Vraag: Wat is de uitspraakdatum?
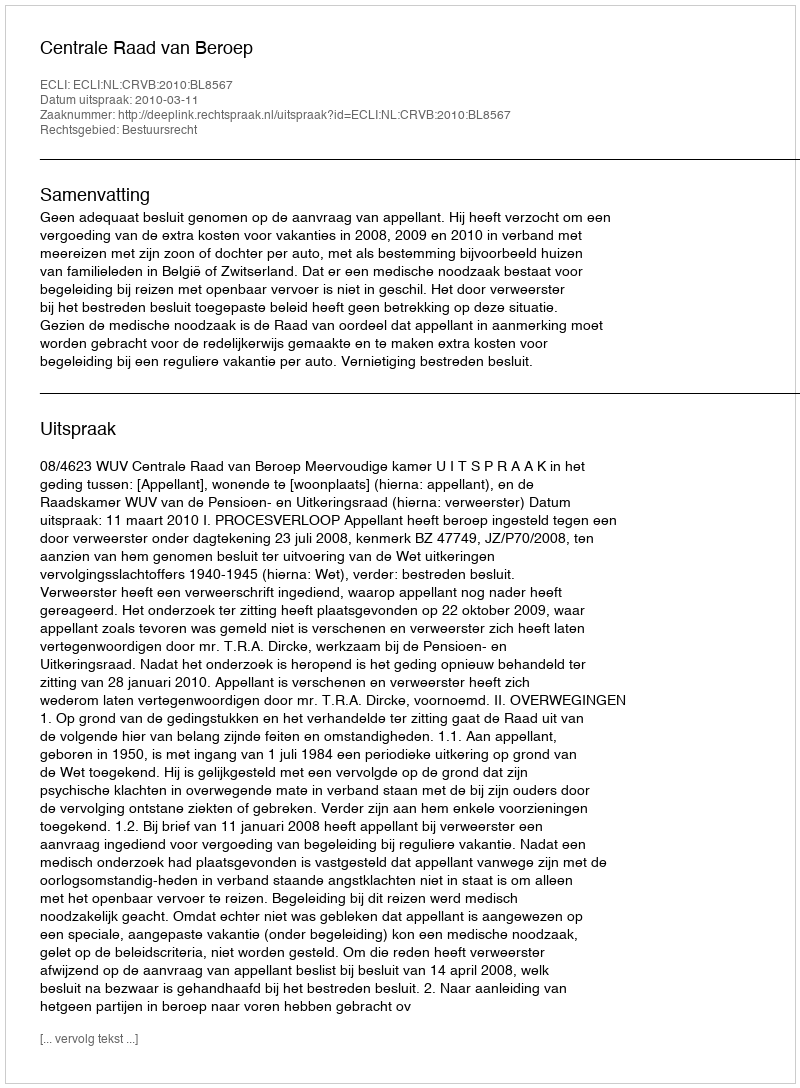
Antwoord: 2010-03-11